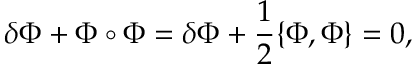
\delta \Phi + \Phi \circ \Phi = \delta \Phi + \frac { 1 } { 2 } \{ \Phi , \Phi \} = 0 ,